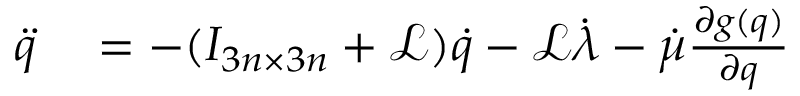
\begin{array} { r l } { \ddot { q } } & { { } = - ( I _ { 3 n \times 3 n } + \mathcal { L } ) \dot { q } - \mathcal { L } \dot { \lambda } - \dot { \mu } \frac { \partial g ( q ) } { \partial q } } \end{array}